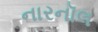
નારનૉલ